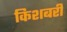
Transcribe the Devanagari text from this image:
किशबरी